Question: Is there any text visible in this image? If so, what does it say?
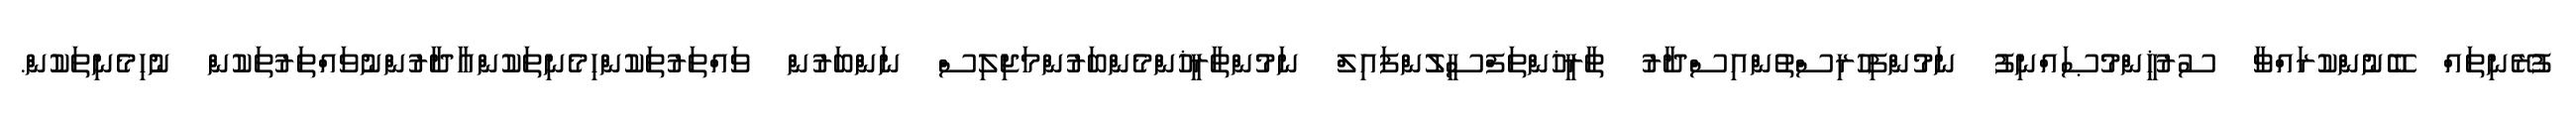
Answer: ފުރޭނިތައް ބޭނުންކުރައްވާ ސުރުޚީންމުޞައްނިފު ނަމުންފިހުރިސްތުންއިސްދާރު ތާރީޚުންތަފްސީލުންފައިލް ނަމުންތާރީޚުންމެންބަރުންމަޖިލިސް ނަންބަރުން ވައްތަރުތަކުންހިމެނިތަކުންއާދާރުންނުވައްތަރުތަކުން ނުހިމެނިތަކުން.